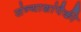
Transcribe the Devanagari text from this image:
संन्याशांपैकी